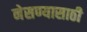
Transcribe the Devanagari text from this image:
नेसण्यासाठी